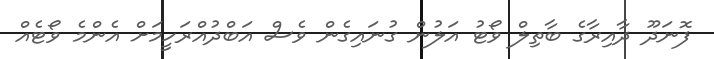
ފޮނަދޫ ދާއިރާގެ ބާތިލް ވޯޓު އަލުން ގުނައިގެން ވެސް އަބްދުއްރަހީމަށް އެންމެ ވޯޓެއް